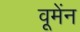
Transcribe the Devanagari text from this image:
वूमेंन